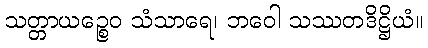
သတ္တာယဉ္စေဝ သံသာရေ၊ ဘဝေါ သဿတဒိဋ္ဌိယံ။